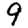
Digit: 9